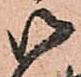
御